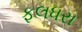
ફલધરા